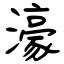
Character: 濠